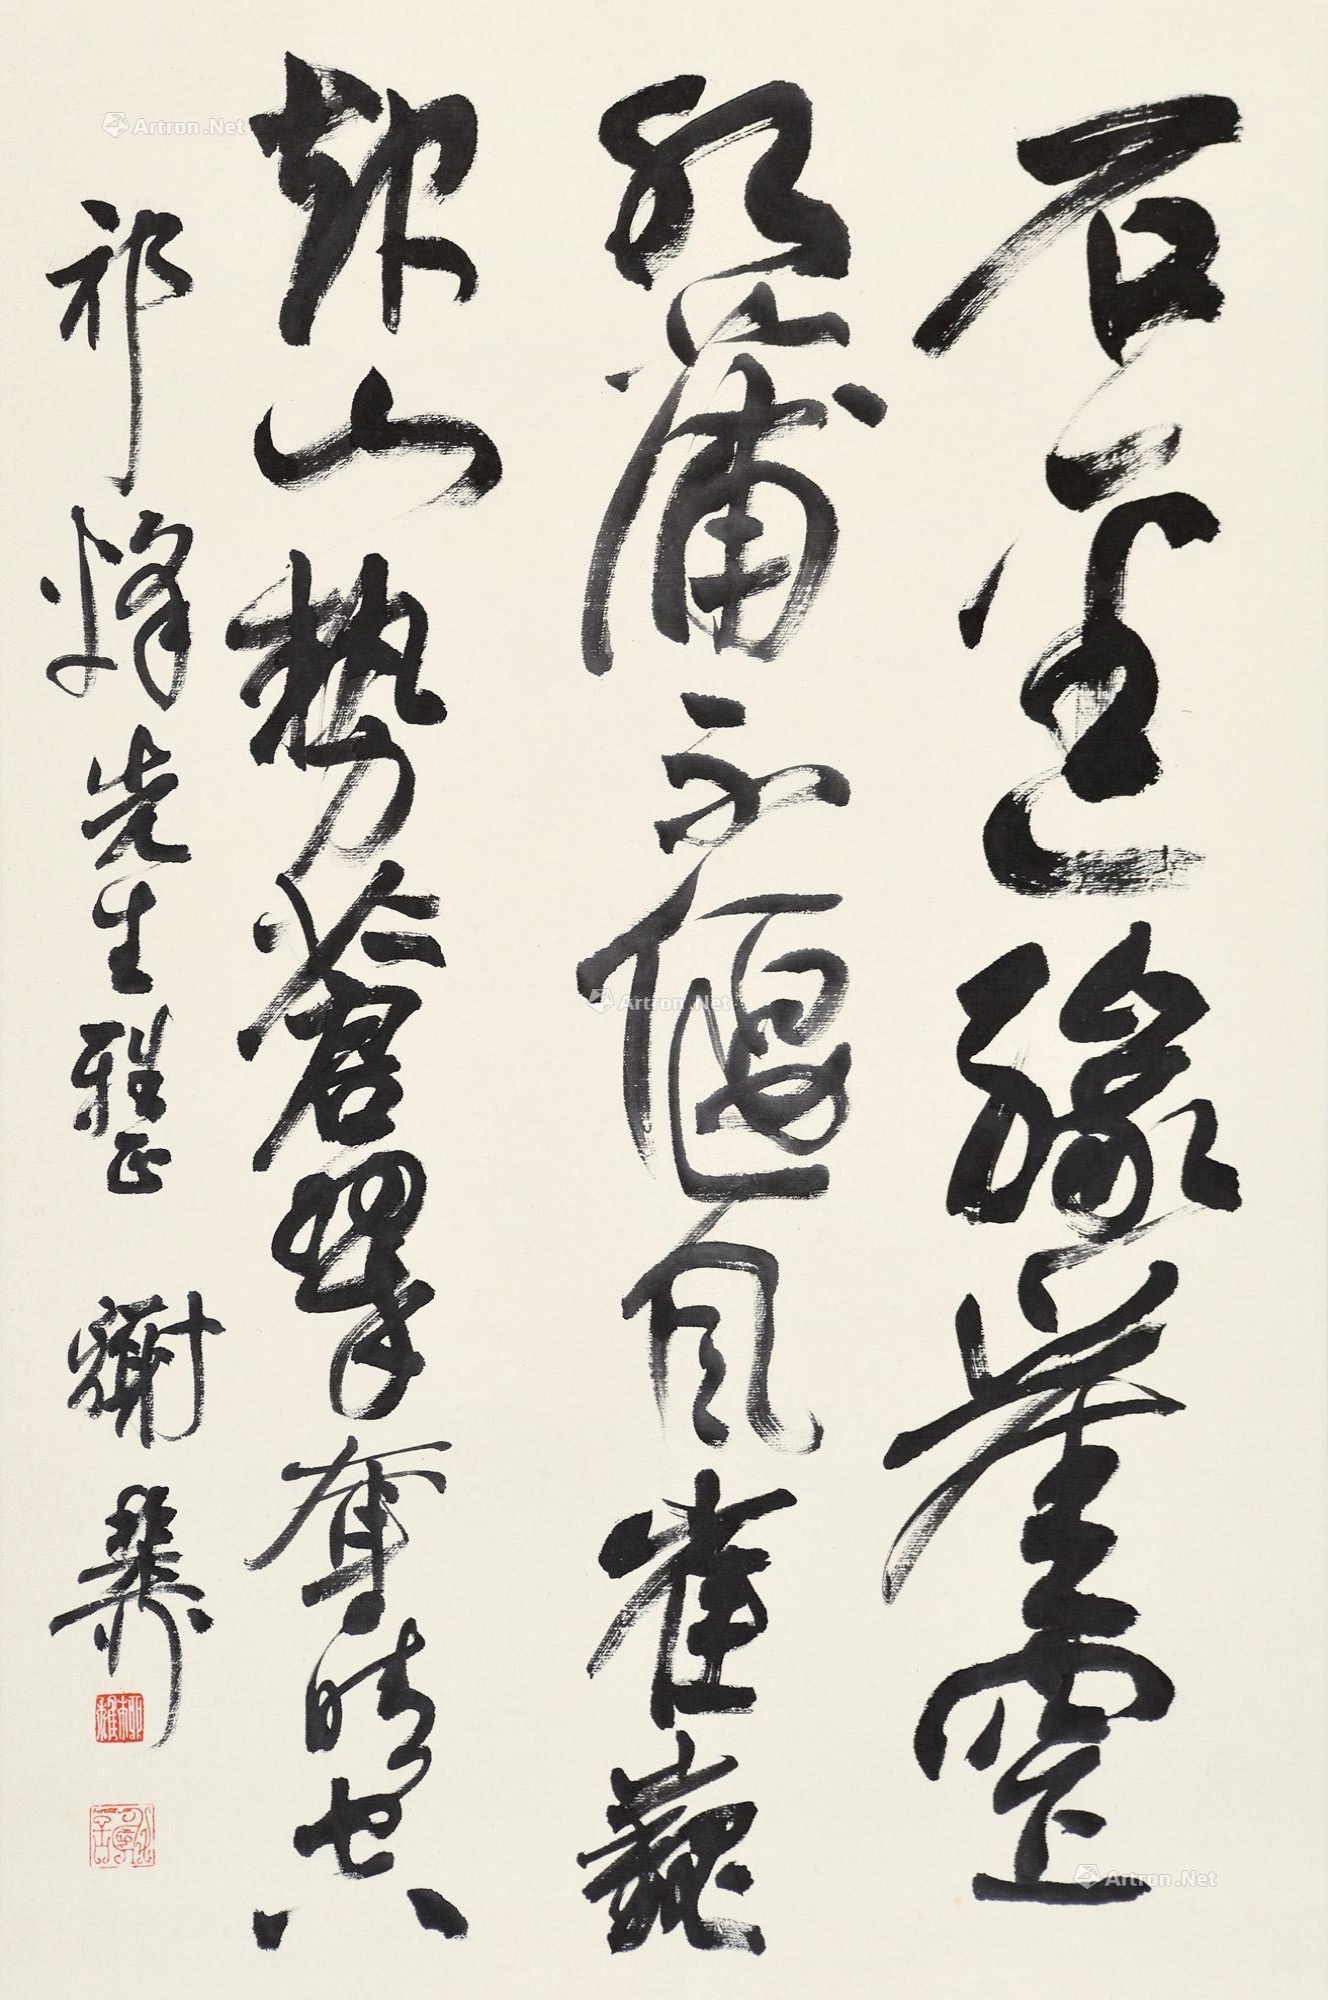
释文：石径缘崖窄，水蒲不偃风。崔魏起山势，苍翠夺晴空。祁烽先生雅正，谢稚柳。